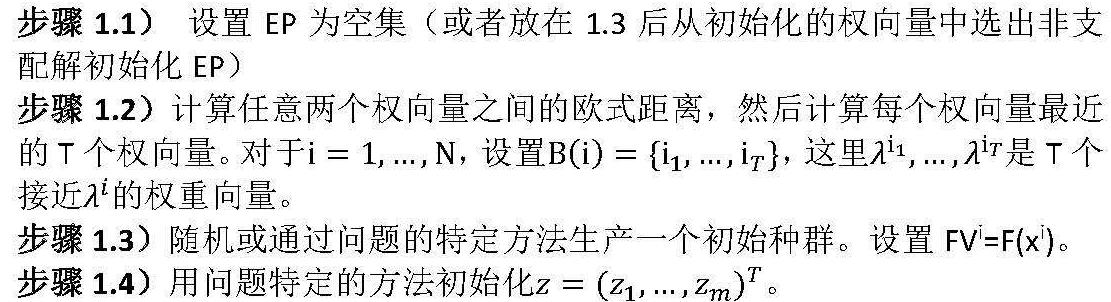
步骤 1.1）设置 EP 为空集（或者放在 1.3 后从初始化的权向量中选出非支配解初始化 EP）
步骤 1.2）计算任意两个权向量之间的欧式距离，然后计算每个权向量最近的 T 个权向量。对于$i = 1, ..., N$，设置$B(i) = \{i_1, ..., i_T\}$，这里$\lambda^{i_1}, ..., \lambda^{i_T}$是 T 个接近$\lambda^{i}$的权重向量。
步骤 1.3）随机或通过问题的特定方法生产一个初始种群。设置$FV^i=F(x^i)$。
步骤 1.4）用问题特定的方法初始化$z = (z_1, ..., z_m)^T$。